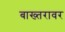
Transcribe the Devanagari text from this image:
बाख्तरावर